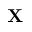
\bf { X }